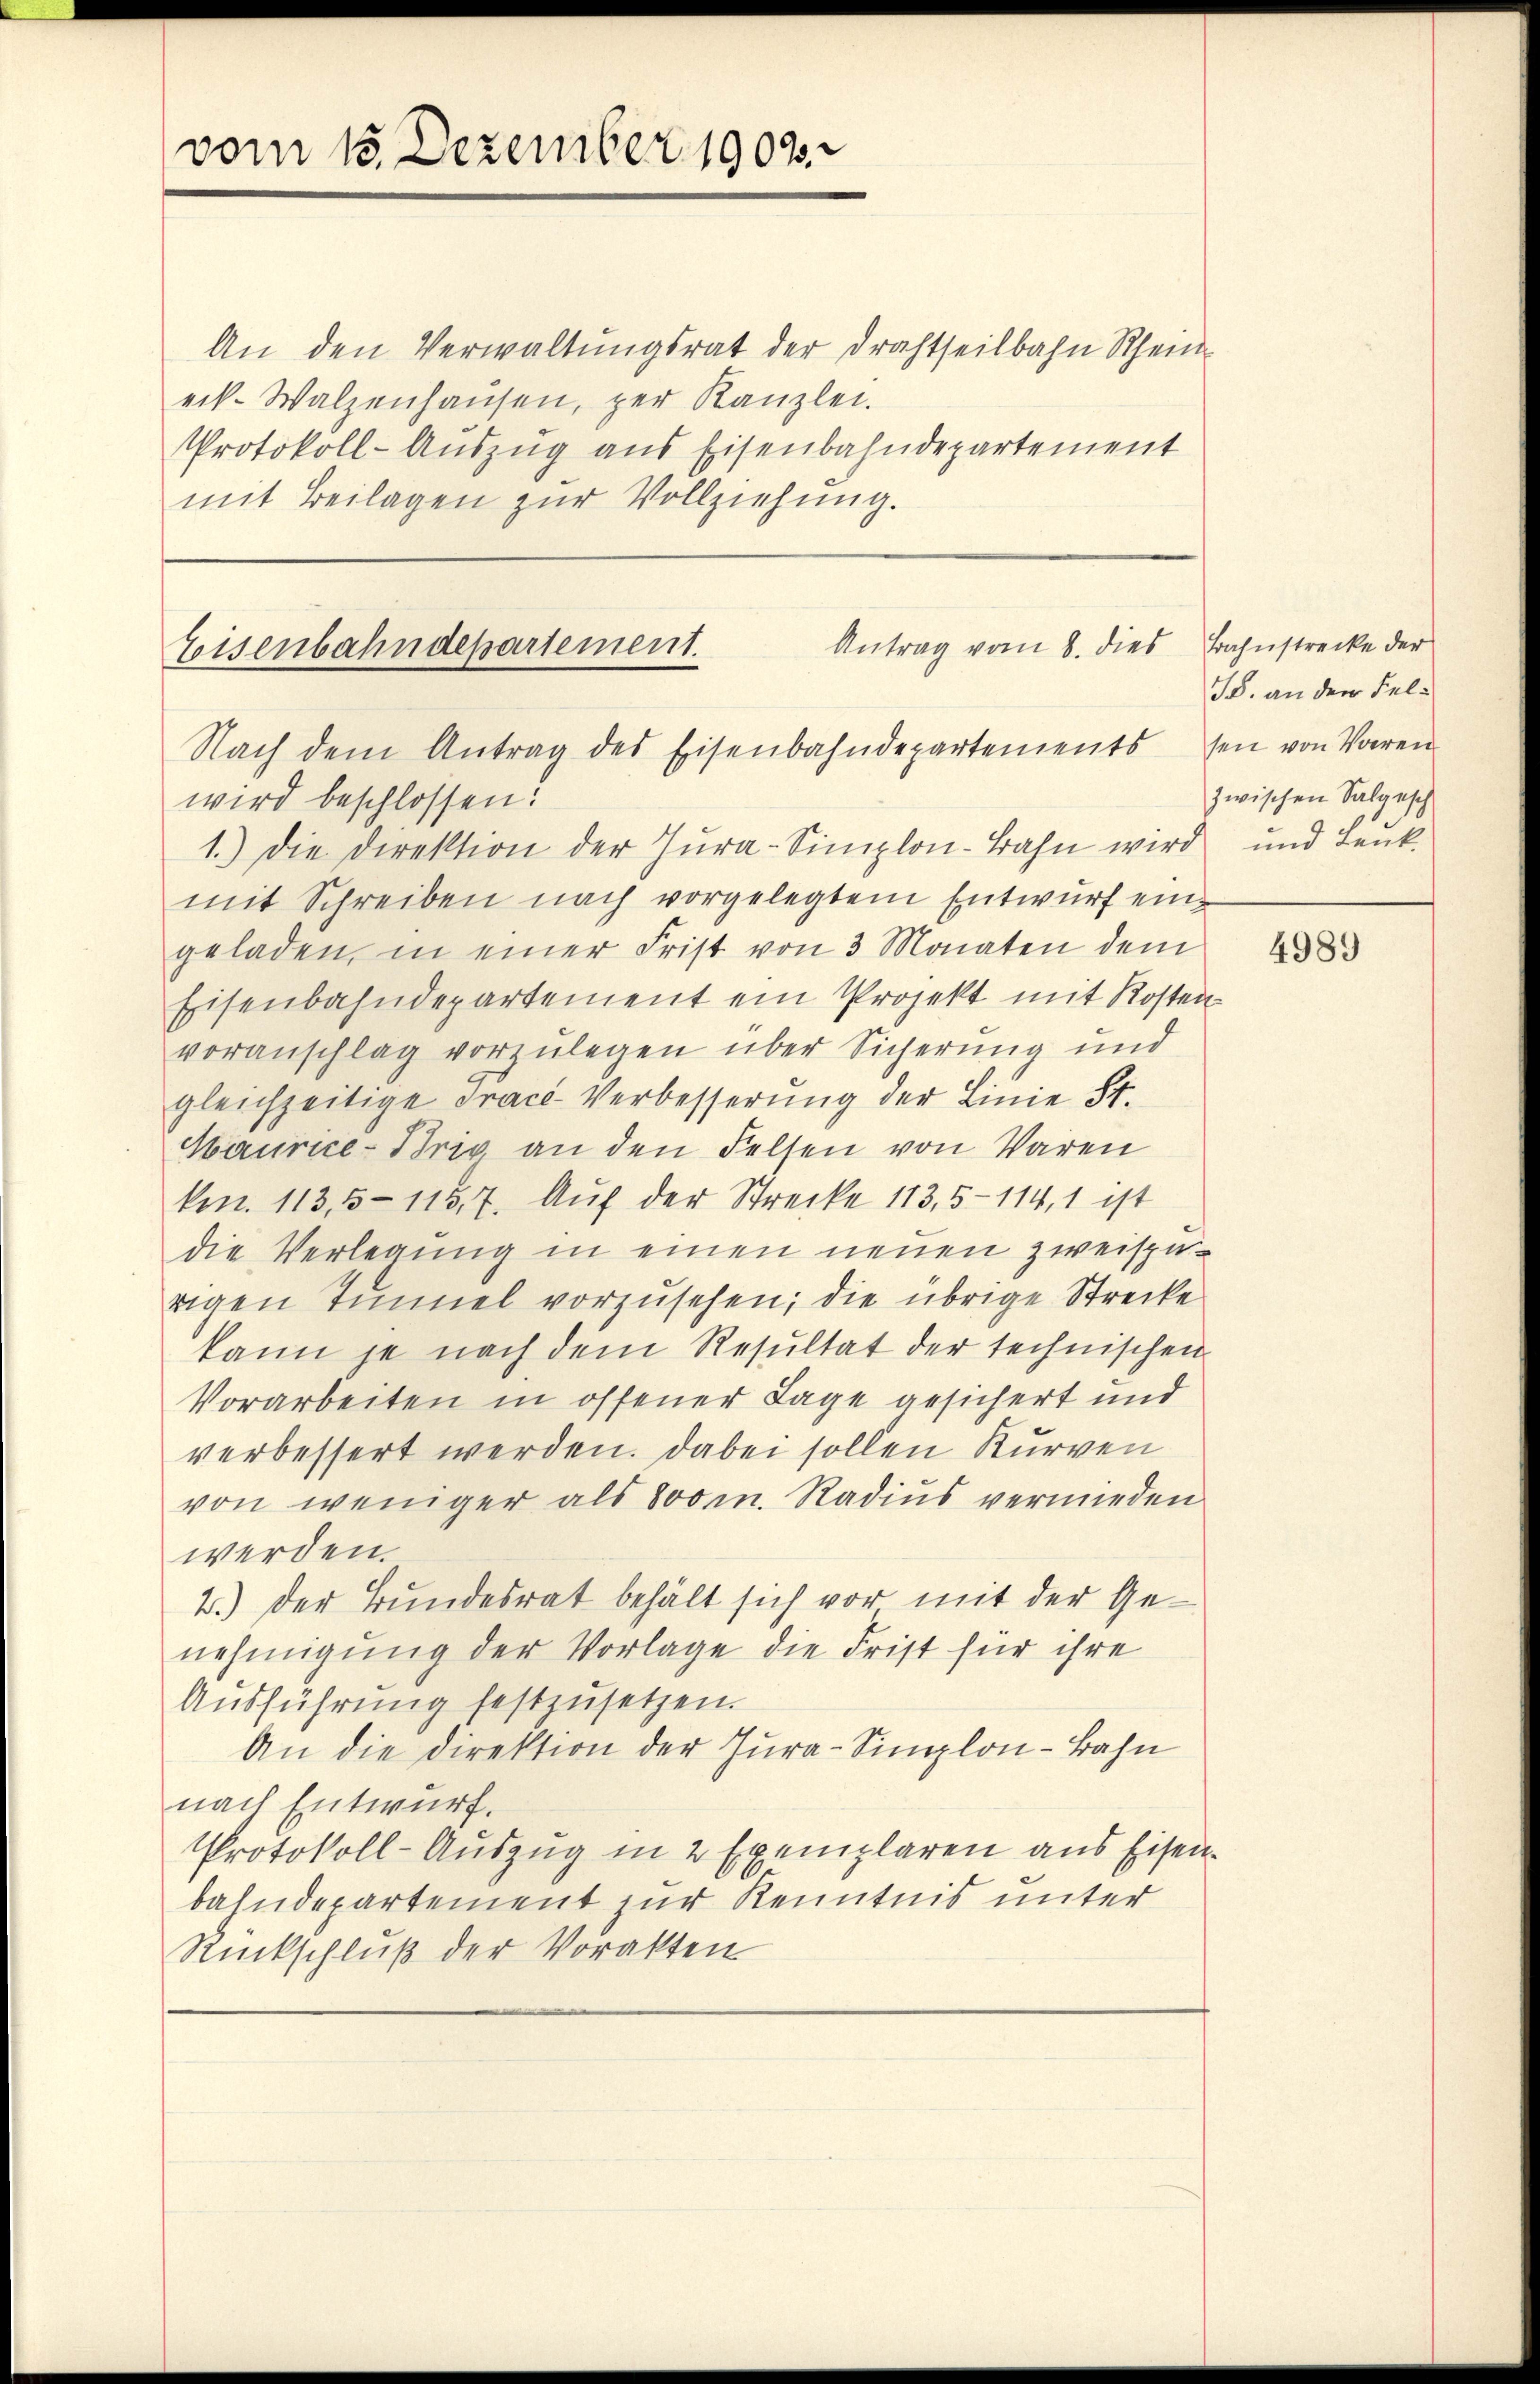
vom 15. Dezember 1903.

An den Verwaltŭngsrat der Drahtheilbahn Rhein
eik. Walzenhaŭsen, per Kanzlei.
Protokoll-Auszug aus Eisenbahndepartement
mit Beilagen zŭr Vollziehŭng.

Antrag vom 8. dies
Eisenbahndepartement.
Nach dem Antrag des Eisenbahndepartements sei von Voren
wird beschlossen:

1.) Die Direktion der Zŭra-Simplon-Bahn wird und Jenk-
mit Schreiben nach vorgelegtem Entwurf eingeladen, in einer Frist von 3 Monaten dem
Eisenbahndepartement ein Projekt mit Kosten
voranschlag vorzulegen über Sicherung und
gleichzeitige Trace-Verbesserung der Linie St.
Haurice-Brig an den Felsen von Waren
kn. 113, 5-1157. Auf der Strecke 113,5-114, 1 ist
die Verlegung in einen neuen zweispurigen Tunnel vorzusehen; die übrige Strecke
kann je nach dem Resultat der technischen
Vorarbeiten in offener Lage gesichert und
verbessert werden. Dabei sollen Kurven
von weniger als dom. Radius vermieden
werden.
2.) Der Bundesrat behält sich vor mit der Genehmigung der Vorlage die Frist für ihre
Aŭsführung festzusetzen.
An die Direktion der Jura-Simplon-Bahn
nach Entwurf.
Protokoll-Auszug in 2 Exemplaren aus Eisenbahndepartement zur Kenntnis unter
Rückschluß der Vorakten

Bahnstrecke der
TB. an der Felzwischen Salgesch

4989